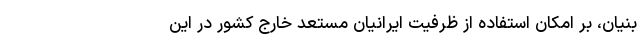
‌بنیان، بر امکان استفاده از ظرفیت ایرانیان مستعد خارج کشور در این